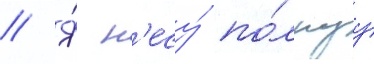
// Я́ н'есу́ по́лнуу